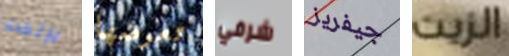
بإتخاذ تعرضها شرفي جيفريز الزيت